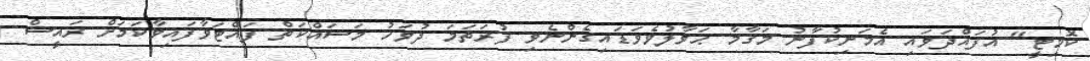
ކޮމިޓީ" އުފައްދަވައި އެމަނިކުފާނު މަޤާމާ ޙަވާލުވެވަޑައިގެންނެވި ފުރަތަމަ ދުވަހު މަސައްކަތް ފައްޓަވާފައިވާކަމަށް ރައީސް